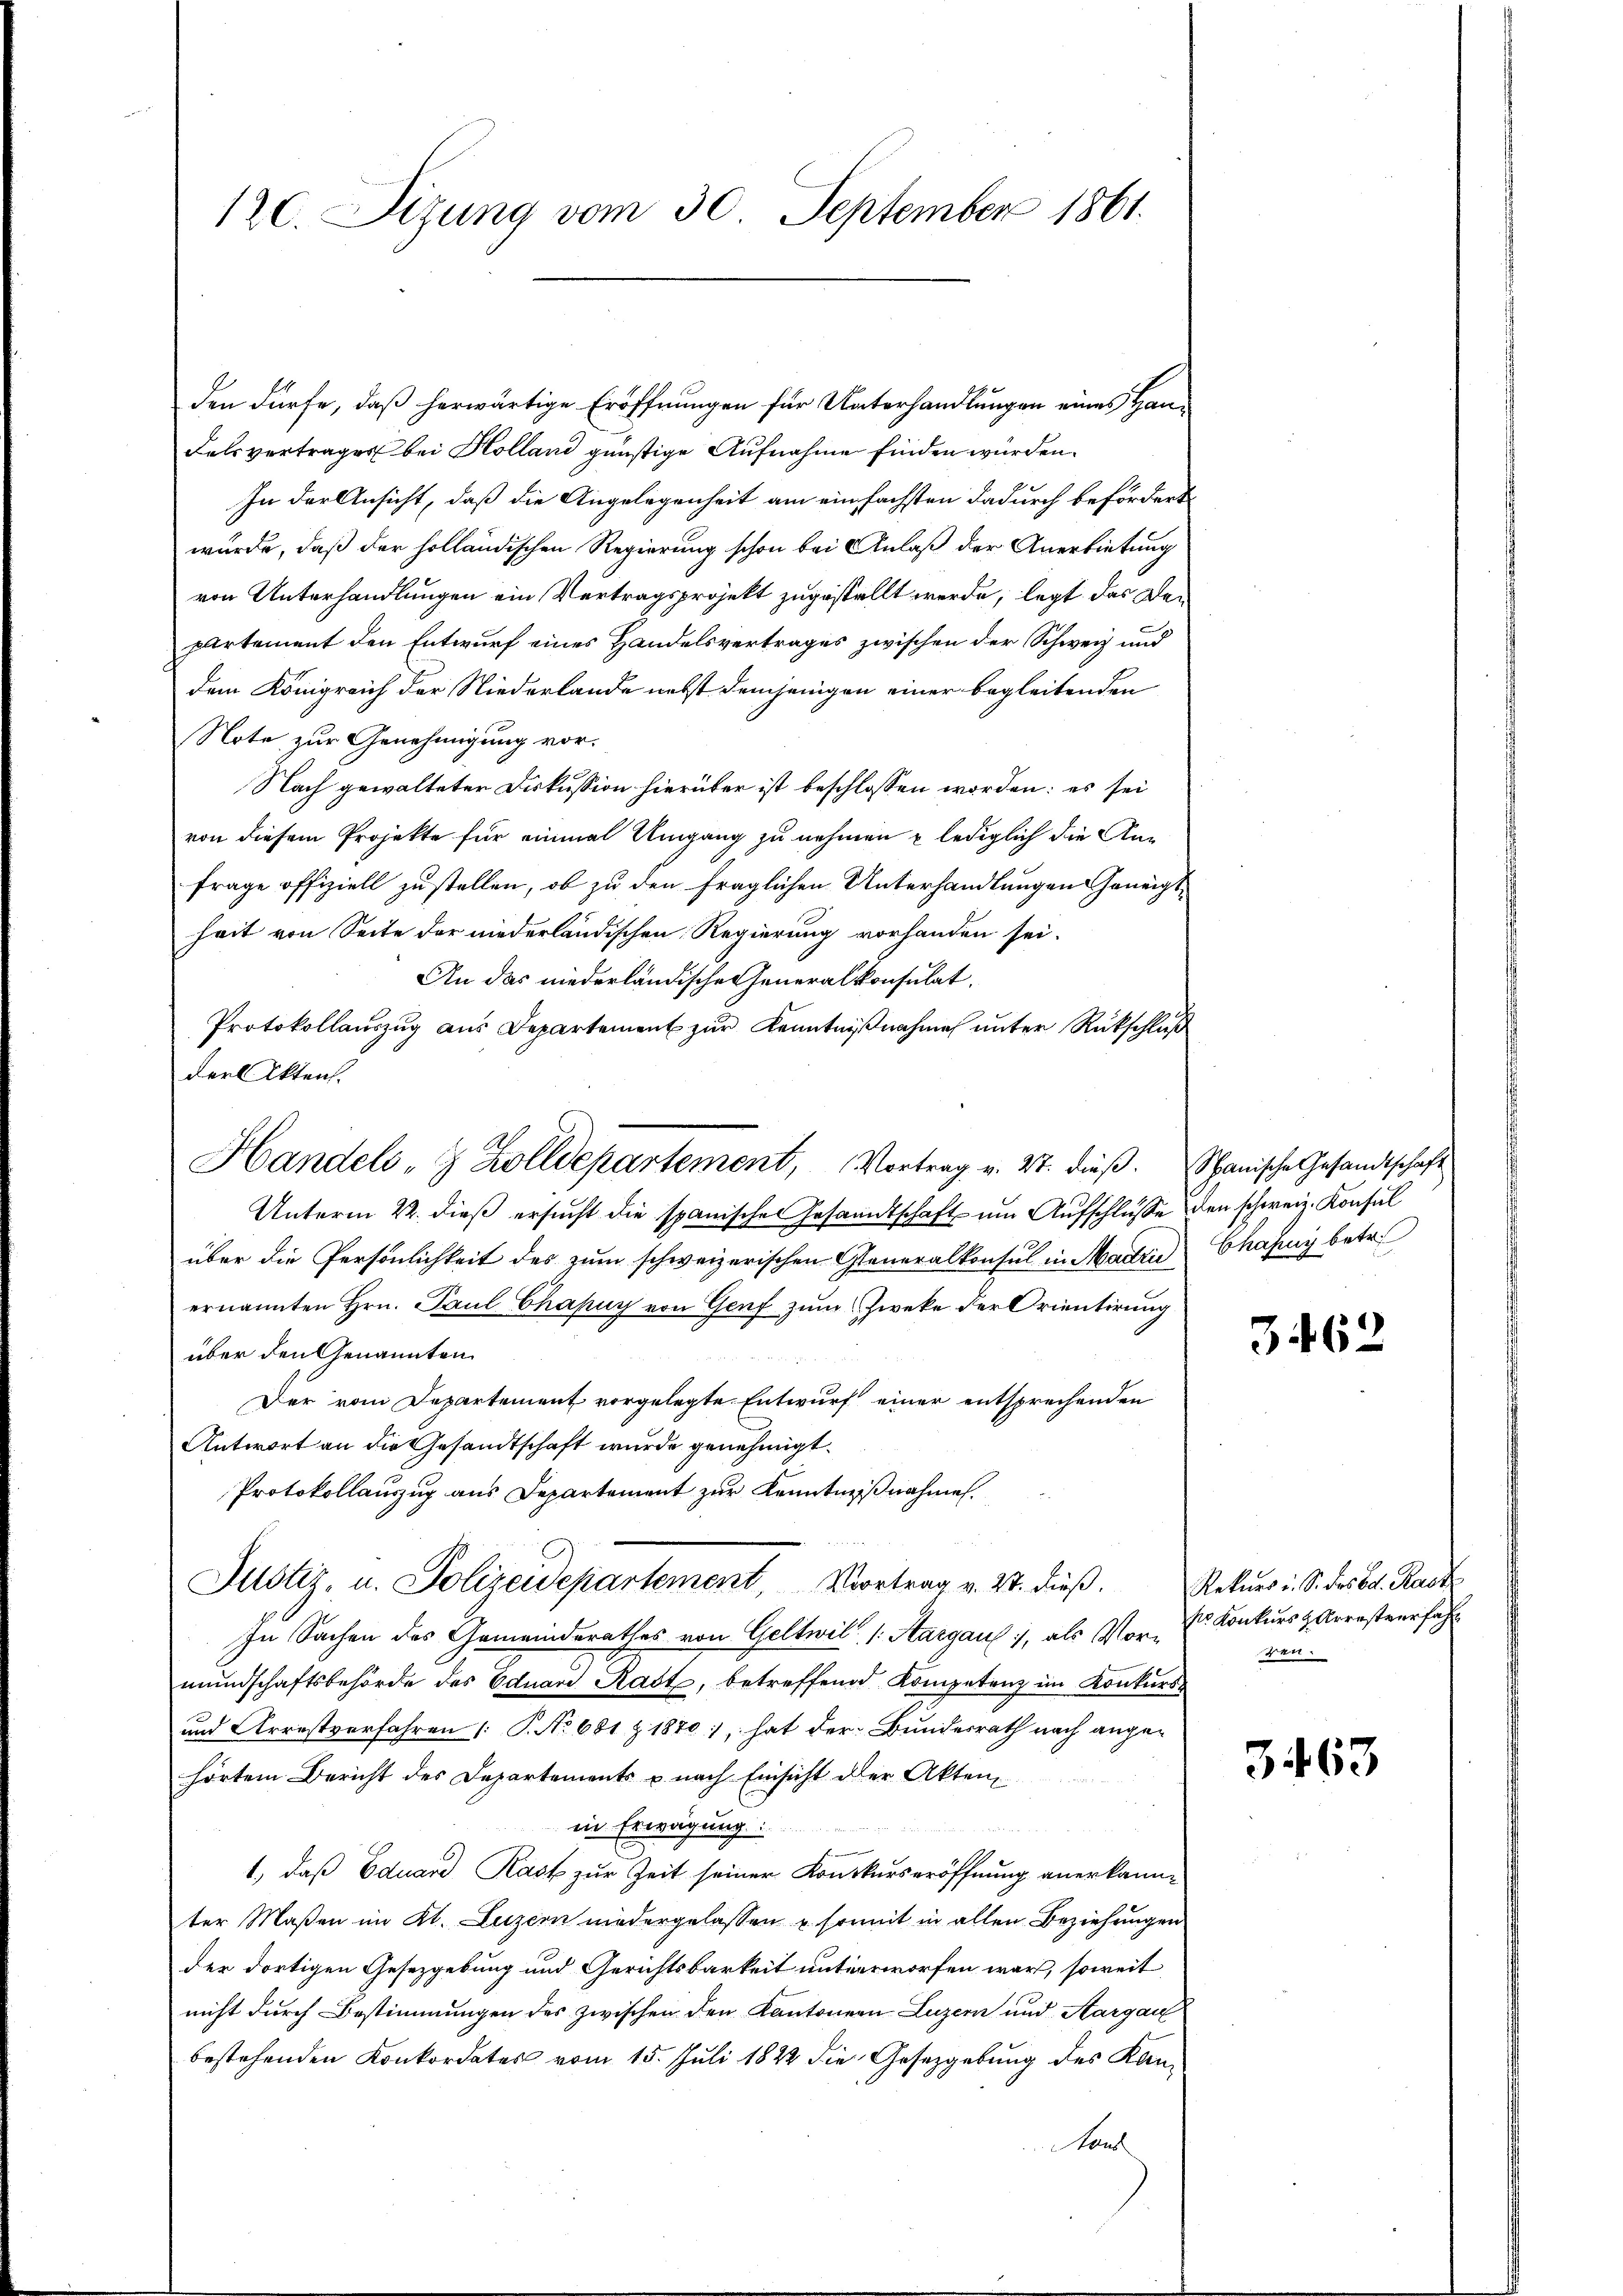
120. Sizung vom 30. September 1861.

den dürfe, daß herwärtige Eröffnungen für Unterhandlungen eines Han¬
Felsvertrages bei Kolland günstige Aufnahme finden würden.
In der Ansicht, daß die Angelegenheit am einfachsten dadurch befördert
wurde, daß der holländischen Regierung schon bei Anlaß der Anerbietung
von Unterhandlungen ein Vertragsprojekt zugestellt werde, legt das Departement den Entwurf eines Handelsvertrages zwischen der Schweiz und
dem Königreich der Niederlande nebst demjenigen einer begleitenden
Note zur Genehmigung vor.
Nach gewalteter Diskussion hierüber ist beschlossen worden: es sei
von diesem Projekte für einmal Umgang zu nehmen u lediglich die Anfrage offiziell zustellen, ob zu den fraglichen Unterhandlungen Geneigt
heit von Seite der niederländischen Regierung vorhanden sei.
An das niederländische Generalkonsulat.
Protokollauszug aus Departement zur Kenntnißnahme unter Rückschluß
Handels- & Zolldepartement, Vortrag v. 27. dieß. Nanische Gesandtschaft
Unterm 22. dieß ersucht die spanischen Gesandtschaft um Aufschlüsse den schweiz. Konsul
über die Persönlichkeit des zum schweizerischen Generalkonsul in Marie Chassy betr.
ernannten Hrn. Paul Chapuy von Genf zum Zweke der Orientirung
über den Genannten
Der vom Departement vorgelegte Entwurf einer entsprechenden
Antwort an die Gesandtschaft wurde genehmigt.
Protokollauszug aus Departement zur Kenntnißnahmen.
Justiz- u. Polizeidepartement Vortrag v. 27. dieß.
In Sachen des Gemeindsrathes von Geltwil /: Sargau, als Vor- Dr. Konkurs & Arresteurfahr
mŭndschaftsbehörde des Eduard Kast, betreffend Kompetenz im Konkurs¬
und Arrestverfahren P. No 681 Z 1870), hat der Bundesrath nach ange-
hörtem Bericht des Departements u nach Einsicht der Akten
in Erwägung:
e
1.) daß Eduard Kast zur Zeit seiner Konkurseröffnung anerkannter Maßen im Kt. Luzern niedergelassen u. somit in allen Beziehungen
der dortigen Gesetzgebung und Gerichtsbarkeit unterworfen war, soweit
nicht durch Bestimmungen des zwischen den Kantonen Luzern und Aargau
bestehenden Konkordates vom 15. Juli 1822 die Gesetzgebung des Kan¬
Han

der Akten.

3462

Rekurs i. S. des od. Rast
ten.

3463